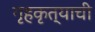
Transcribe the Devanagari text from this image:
गृहकृत्याची